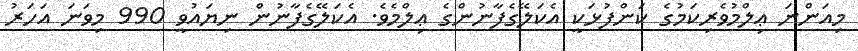
މިއަންނަ ޢިލްމުވެރިކަމުގެ ކަންފުޅަކީ އެކަލޭގެފާނުންގެ ޢިލްމެވެ. އެކަލޭގެފާނުން ނިޔައުވީ 990 މިވަނަ އަހަރު